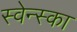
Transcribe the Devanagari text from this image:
स्वेन्स्का